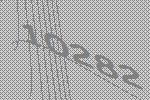
10282